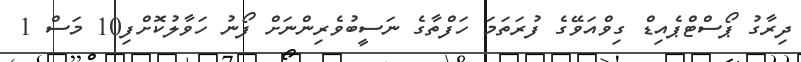
ދިރާގު ޕޯސްޓްޕެއިޑް ގިވްއަވޭގެ ފުރަތަމަ ހަފްތާގެ ނަސީބުވެރިންނަށް ފޯނު ހަވާލުކޮށްފި10 މަސް 1